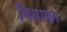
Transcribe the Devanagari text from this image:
बियाफ्रा